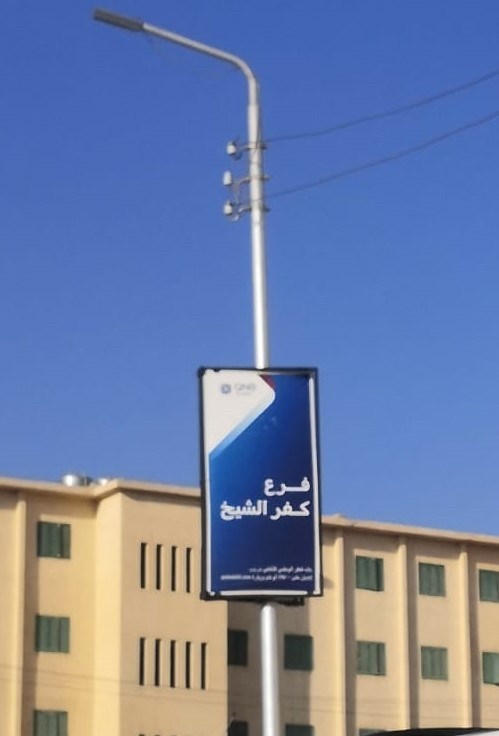
Text in image: فرع كفر الشيخ